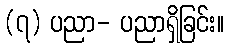
(၇) ပညာ- ပညာရှိခြင်း။